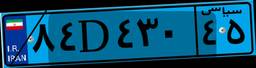
۸۴D۴۳۰۴۵